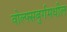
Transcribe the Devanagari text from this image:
वोल्फ्सबुर्गमधील